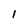
Character: l